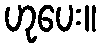
ဟုပေး။